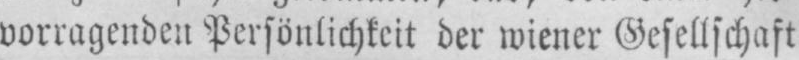
vorragenden Persönlichkeit der wiener Gesellschaft